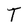
Character: T